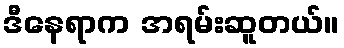
ဒီနေရာက အရမ်းဆူတယ်။